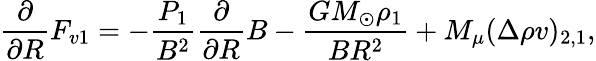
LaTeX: \frac{\partial}{\partial R}F_{v1}=-\frac{P_{1}}{B^{2}}\frac{\partial}{\partial R}B-\frac{GM_{\odot}\rho_{1}}{BR^{2}}+M_{\mu}(\Delta\rho v)_{2,1},